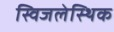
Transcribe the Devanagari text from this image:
स्विजलेस्थिक